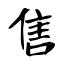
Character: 售